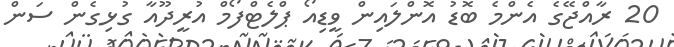
20 ރާއްޖޭގެ އެންމެ ބޮޑު އޮންލައިން ވީޑިއޯ ޕްލެޓްފޯމް އުރީދޫއާ ގުޅިގެން ސަން